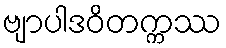
ဗျာပါဒဝိတက္ကဿ